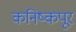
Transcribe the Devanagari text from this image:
कनिष्कपूर